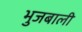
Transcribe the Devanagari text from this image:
भुजबाली